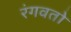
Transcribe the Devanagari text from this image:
रंगवतो